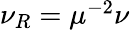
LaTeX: \begin{array}{r}{\nu_{R}=\mu^{-2}\nu}\end{array}